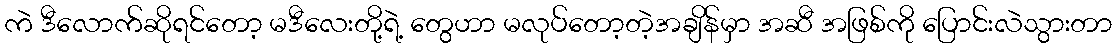
ကဲ ဒီလောက်ဆိုရင်တော့ မဒီလေးတို့ရဲ့ တွေဟာ မလုပ်တော့တဲ့အချိန်မှာ အဆီ အဖြစ်ကို ပြောင်းလဲသွားတာ